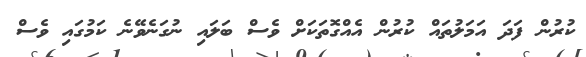
ކުރުން ފަދަ އަމަލުތައް ކުރުން އެއްގޮތަކަށް ވެސް ބަލައި ނުގަނެވޭނެ ކަމުގައި ވެސް